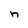
Character: n